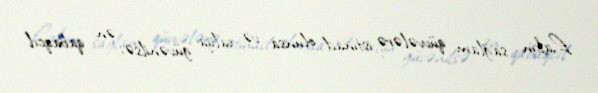
Lakin sağlam qüvvələrə istinad olunsa və xalqa güvənilsə, ən qabaqcıl